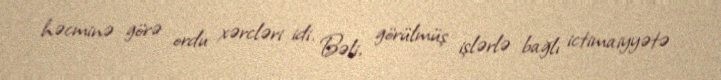
həcminə görə ordu xərcləri idi. Bəli, görülmüş işlərlə bağlı ictimaiyyətə